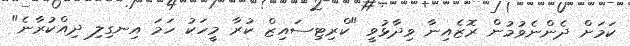
ކަމަށް ދެންނެވުމުން ރޮޒެއިނާ ވިދާޅުވީ "ކްރިޓިސައިޒް ކުރާ މީހަކު ހަމަ އިނގިލި ދިއްކުރާނެ"